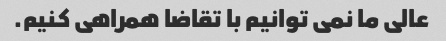
عالی ما نمی توانیم با تقاضا همراهی کنیم.